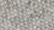
بصرك